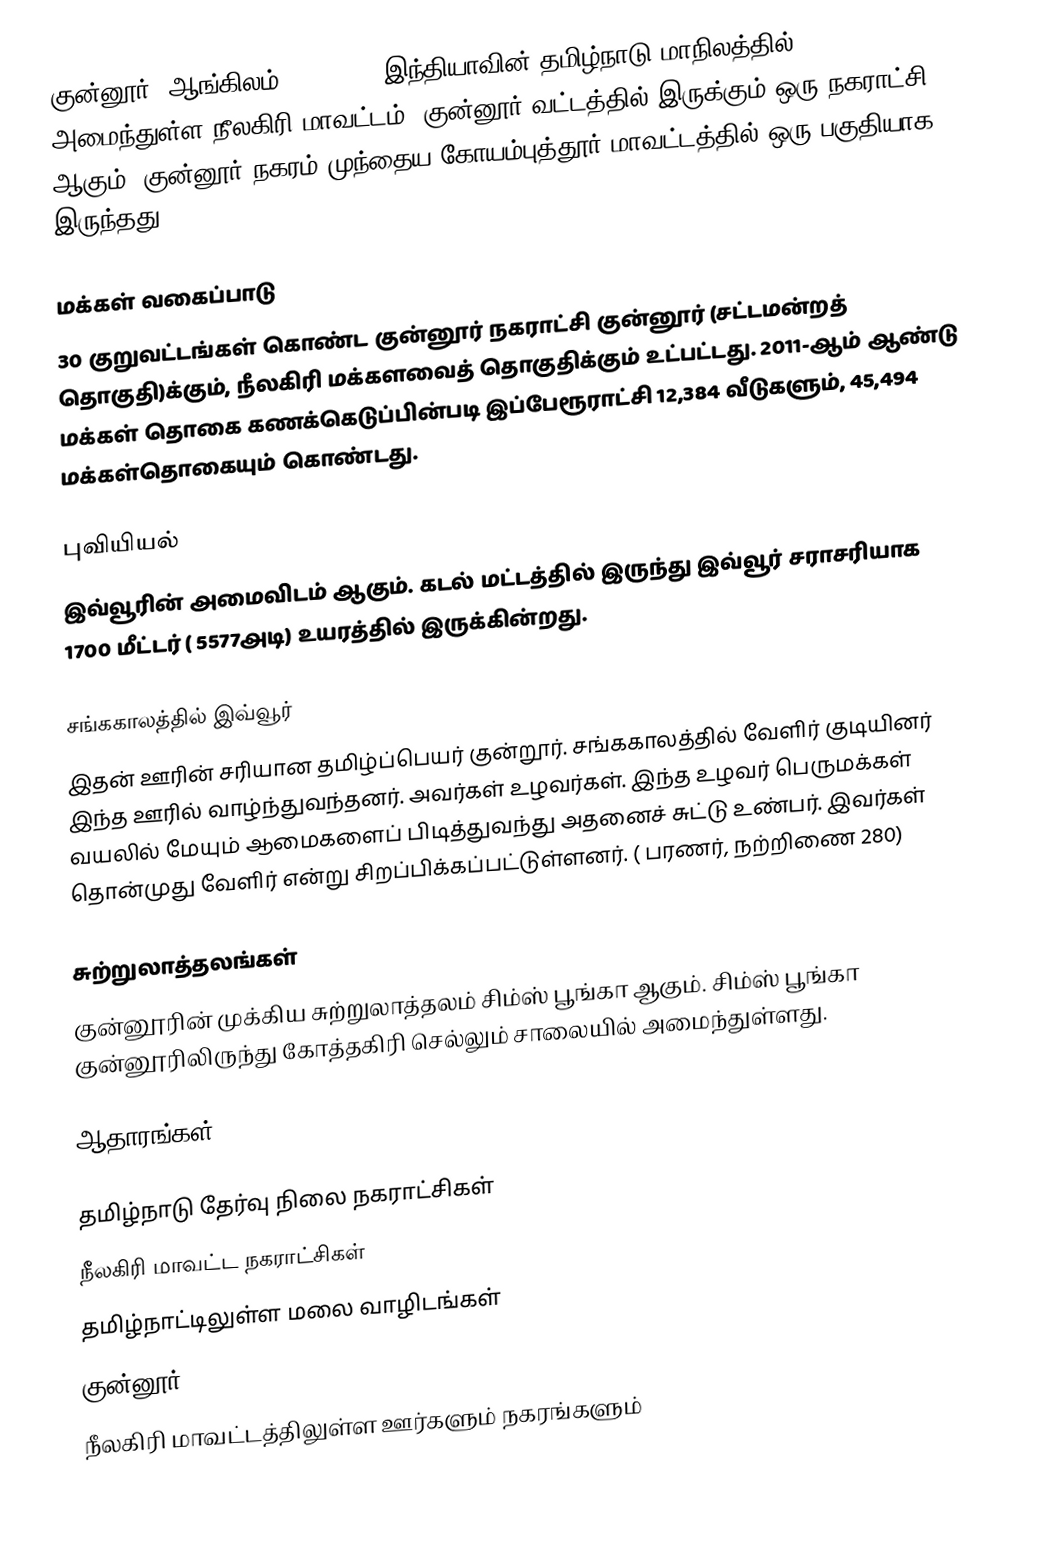
குன்னூர் (ஆங்கிலம்:Coonoor), இந்தியாவின் தமிழ்நாடு மாநிலத்தில் அமைந்துள்ள நீலகிரி மாவட்டம், குன்னூர் வட்டத்தில் இருக்கும் ஒரு நகராட்சி ஆகும். குன்னூர் நகரம் முந்தைய கோயம்புத்தூர் மாவட்டத்தில் ஒரு பகுதியாக இருந்தது.

மக்கள் வகைப்பாடு
30 குறுவட்டங்கள் கொண்ட குன்னூர் நகராட்சி குன்னூர் (சட்டமன்றத் தொகுதி)க்கும், நீலகிரி மக்களவைத் தொகுதிக்கும் உட்பட்டது. 2011-ஆம் ஆண்டு மக்கள் தொகை கணக்கெடுப்பின்படி  இப்பேரூராட்சி 12,384 வீடுகளும், 45,494 மக்கள்தொகையும் கொண்டது.

புவியியல்
இவ்வூரின் அமைவிடம்  ஆகும். கடல் மட்டத்தில் இருந்து இவ்வூர் சராசரியாக 1700 மீட்டர் ( 5577அடி) உயரத்தில் இருக்கின்றது.

சங்ககாலத்தில் இவ்வூர்
இதன் ஊரின் சரியான தமிழ்ப்பெயர் குன்றூர். சங்ககாலத்தில் வேளிர் குடியினர் இந்த ஊரில் வாழ்ந்துவந்தனர். அவர்கள் உழவர்கள். இந்த உழவர் பெருமக்கள் வயலில் மேயும் ஆமைகளைப் பிடித்துவந்து அதனைச் சுட்டு உண்பர். இவர்கள் தொன்முது வேளிர் என்று சிறப்பிக்கப்பட்டுள்ளனர். ( பரணர், நற்றிணை 280)

சுற்றுலாத்தலங்கள்
குன்னூரின் முக்கிய சுற்றுலாத்தலம் சிம்ஸ் பூங்கா ஆகும். சிம்ஸ் பூங்கா குன்னூரிலிருந்து கோத்தகிரி செல்லும் சாலையில் அமைந்துள்ளது.

ஆதாரங்கள்

தமிழ்நாடு தேர்வு நிலை நகராட்சிகள்
நீலகிரி மாவட்ட நகராட்சிகள்
தமிழ்நாட்டிலுள்ள மலை வாழிடங்கள்
குன்னூர்
நீலகிரி மாவட்டத்திலுள்ள ஊர்களும் நகரங்களும்